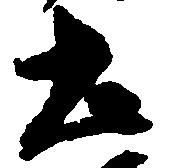
土